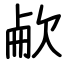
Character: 欳